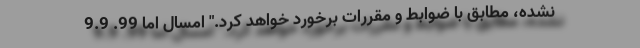
نشده، مطابق با ضوابط و مقررات برخورد خواهد کرد." امسال اما 99. 9.9